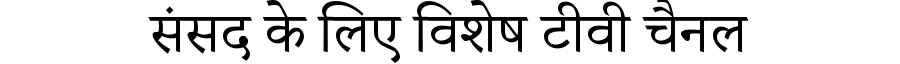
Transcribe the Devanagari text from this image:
संसद के लिए विशेष टीवी चैनल